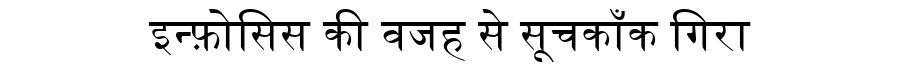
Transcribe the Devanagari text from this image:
इन्फ़ोसिस की वजह से सूचकाँक गिरा